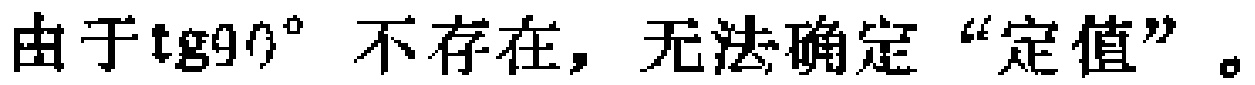
由于\(\mathrm{tg}90^{\circ}\)不存在，无法确定“定值”。